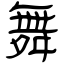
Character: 舞